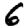
Digit: 6